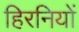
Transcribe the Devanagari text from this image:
हिरनियों